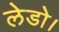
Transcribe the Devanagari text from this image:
लेडो।